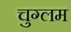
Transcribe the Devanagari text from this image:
चुग्लम